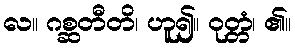
လ။ ဂစ္ဆတီတိ၊ ဟူ၍။ ဝုတ္တံ၊ ၏။